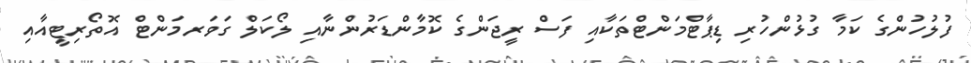
ފުލުހުންގެ ކަމާ ގުޅުންހުރި ޑިޕާޓްމަންޓްތަކާއި ފަސް ރީޖަންގެ ކޮމާންޑަރުންނާއި ލޯކަލް ގަވަރމަންޓް އޮތޯރިޓީއާއި